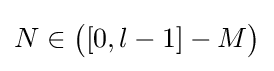
N\in {\big (}[0,l-1]-M{\big )}